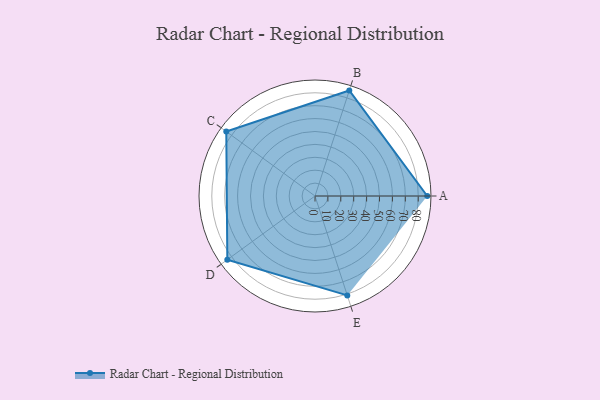
{"axis": {"x": "Skill", "y": "Score"}, "legend": ["Profile"], "data": [{"x": "A", "y": 87.0, "type": "Profile"}, {"x": "B", "y": 86.0, "type": "Profile"}, {"x": "C", "y": 85.0, "type": "Profile"}, {"x": "D", "y": 84.0, "type": "Profile"}, {"x": "E", "y": 81.0, "type": "Profile"}]}